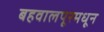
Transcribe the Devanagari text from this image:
बहवालपूरमधून